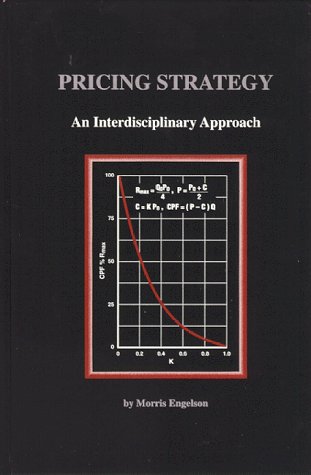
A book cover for Pricing Strategy: An Interdisciplinary Approach; Morris Engelson; Business & Money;